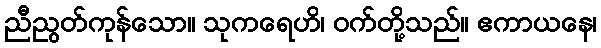
ညီညွတ်ကုန်သော။ သုကရေဟိ၊ ဝက်တို့သည်။ ဧကာယနေ၊